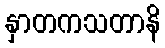
နှာတကသတာနိ